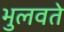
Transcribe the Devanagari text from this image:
भुलवते